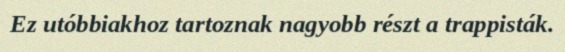
Ez utóbbiakhoz tartoznak nagyobb részt a trappisták.